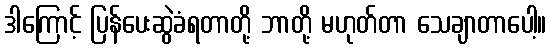
ဒါကြောင့် ပြန်ပေးဆွဲခံရတာတို့ ဘာတို့ မဟုတ်တာ သေချာတာပေါ့။